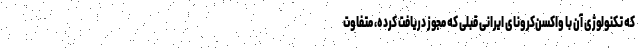
که تکنولوژی آن با واکسن‌کرونای ایرانی قبلی که مجوز دریافت کرده، متفاوت